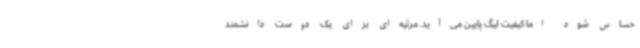
حساس شود اما کیفیت لیگ پایین می‌آید. مرثیه‌ای برای یک دوست دانشمند